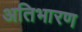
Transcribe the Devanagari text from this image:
अतिभारण